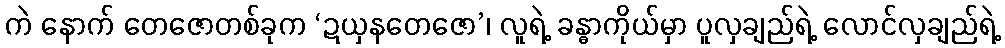
ကဲ နောက် တေဇောတစ်ခုက ‘ဍယှနတေဇော’၊ လူရဲ့ ခန္ဓာကိုယ်မှာ ပူလှချည်ရဲ့ လောင်လှချည်ရဲ့